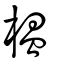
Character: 榅